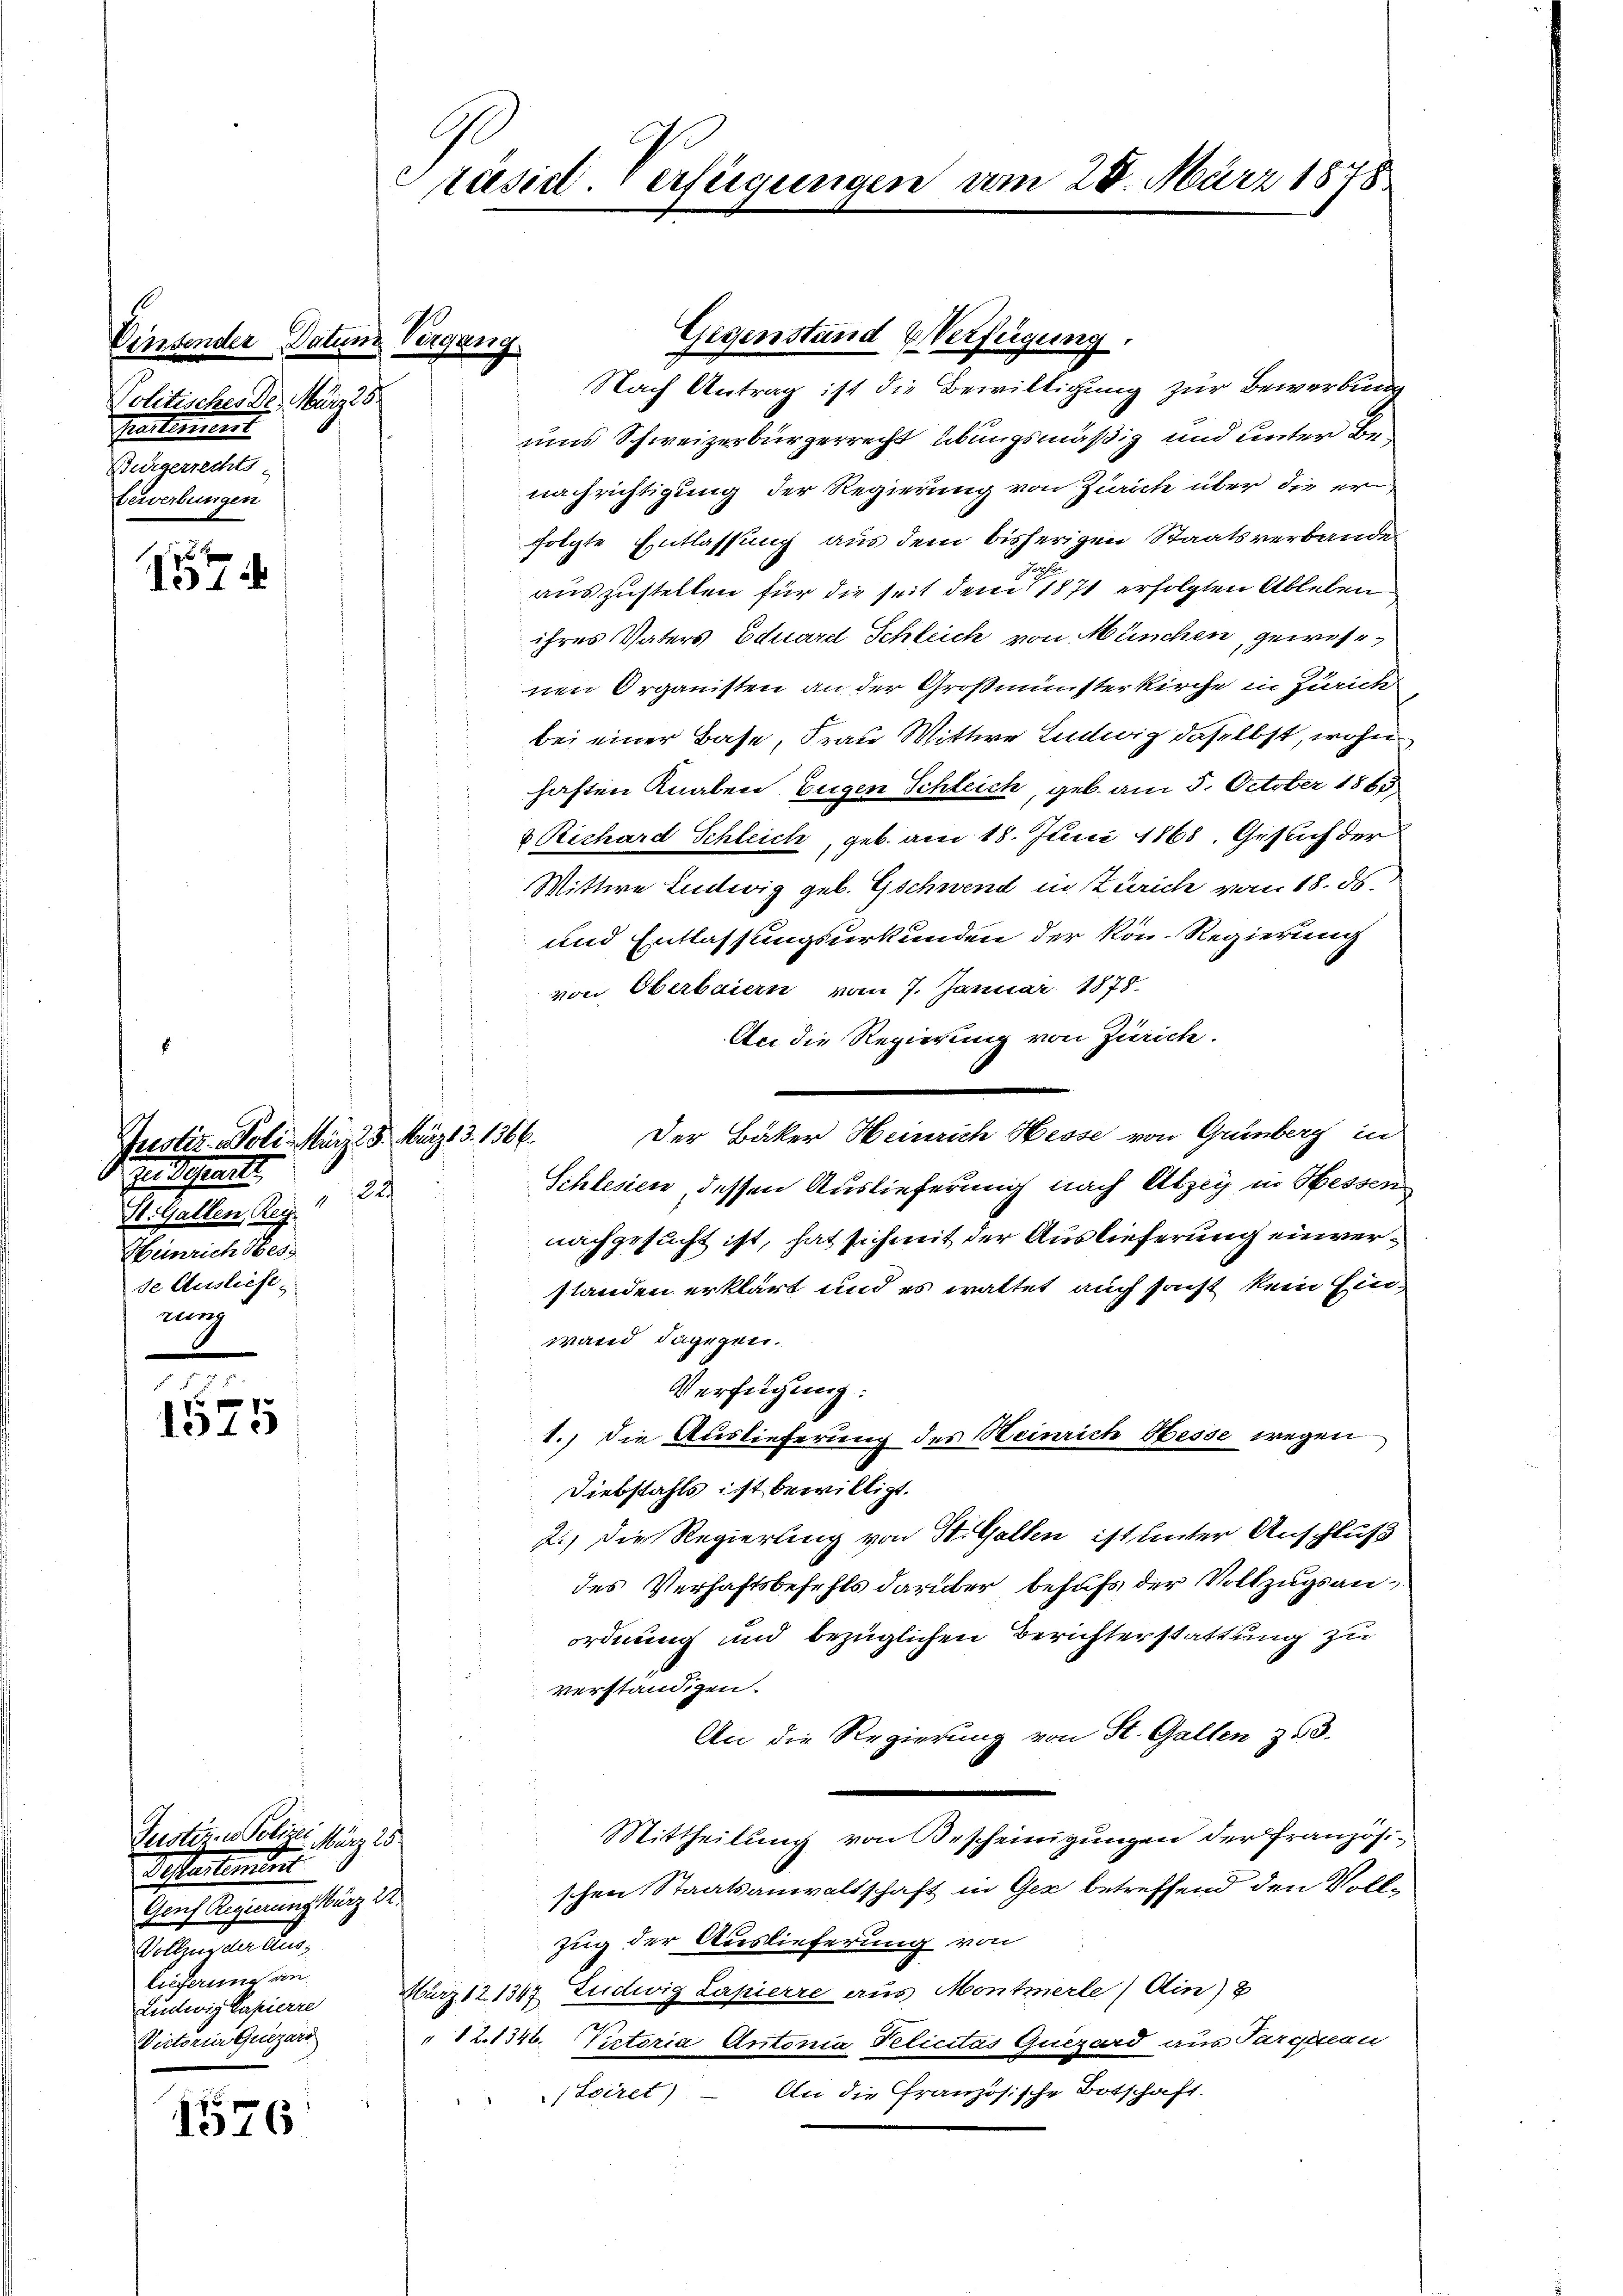
Politisches De. März 25
pertement
Bürgerrechts-
terverbungen

1

Justiz. Poli. März 28. März 3. 1366.
In Schreits
22
St. Gallen, Reg.
Heinrich Hess
de Ausliefe,
nach

1315

Justiz- u. Polizei März 25
Testantiement
Gauf Regierung kurz Sr.
Vollzug der Auslieferung an
Ludwig Papierre
Victorier Quezars

1576

Einsender Datum Vergang

Präsent. Verfügungen am 28. März 1878

Nach Antrag ist die Bewilligung zur Bewerbung
ums Schweizerbürgerrecht übungsmäßig und unter Benachrichtigung der Regierung von Zürich über die er
folgte Entlassung aus dem bisherigen Staatsverbande
auszustellen für die seit dem 1871 erfolgten Ableben
ihres Vaters Eduard Schleich von München, gewesenen Organisten an der Großmünsterkirche in Zürich
bei einer Base, Frau Wittwe Ludwig daselbst, wohn
haften Knaben Eugen Schleich, geb. am 5. October 1865.
 Richard Schleich, geb. am 18. Juni 1868. Gesuch der
Wittwe Ludwig geb. Gschwend in Zürich vom 18. ds.
und Entlassungsurkunden der kon- Regierung
von Oberbaiern vom 7. Januar 1878.
An die Regierung von Zürich.
Der Bäker Heinrich Hesse von Grünberg in
Schlesien dessen Auslieferung nach Abzey in Hessen
nachgesucht ist, hat sich mit der Auslieferung einverstanden erklärt und es waltet auch sonst kein Einwand dagegen.
Verfügung:
1.) Die Auslieferung des Heinrich Hesse wegen
Diebstahls ist bewilligt.
2.) Die Regierung von St. Gallen ist unter Anschluß
des Verhaftsbefehls darüber behufs der Vollzugsanordnung und bezüglichen Berichterstattung zu
verständigen.
An die Regierung von St. Gallen zu 3.
Mittheilung von Bescheinigungen der Pranzösischen Staatsanwaltschaft in Ger betreffend den Voll¬
Zug der Auslieferung von
März 121347 Ludwig Lapierre aus Montmerle / Ain) 8
12.1348. Victoria Antonia Pelicitas Quizard aus Parquan
An die Französische Botschaft.
/ Eviret)
d

Gegenstand Verfügung.